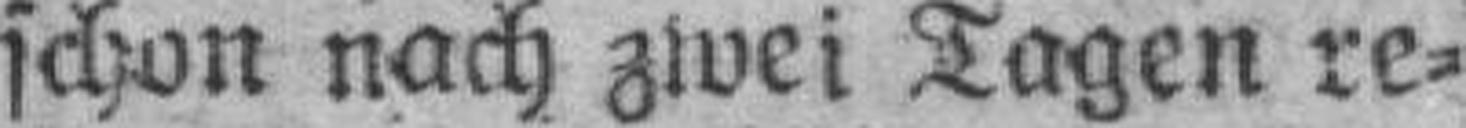
schon nach zwei Tagen re¬